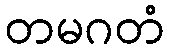
တမဂတံ